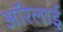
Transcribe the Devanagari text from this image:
ऑरेलाई